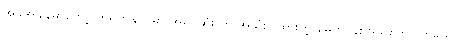
အခုအချိန်မှာတော့ တရုတ်နိုင်ငံမှာ အရင်ဆုံး ကို အသုံးပြုထားတဲ့ စမတ်ဖုန်းအသစ်ကို လာမယ့်